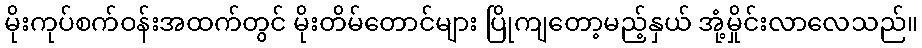
မိုးကုပ်စက်ဝန်းအထက်တွင် မိုးတိမ်တောင်များ ပြိုကျတော့မည့်နှယ် အုံ့မှိုင်းလာလေသည်။